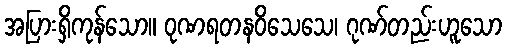
အပြားရှိကုန်သော။ ဝုဏရတနဝိသေသေ၊ ဂုဏ်တည်းဟူသော